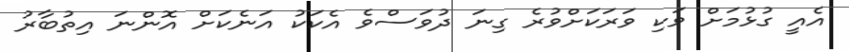
އެއީ ގުޅުމަށް ވަކި ވަރަކަށްވުރެ ގިނަ ދުވަސްވެ އެކަކު އަނެކަށް އޮންނަ އިތުބާރު